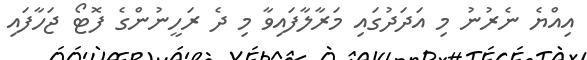
އިއްޔެ ނެރުނު މި އަދަދުގައި މަރާލާފައިވާ މި ދެ ރަހީނުންގެ ފޮޓޯ ޖަހާފައި